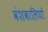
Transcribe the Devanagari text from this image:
वंशवालियों